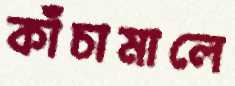
কাঁচামালে